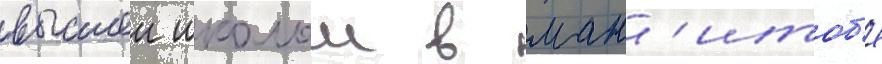
высшеи школои в ман'итоб'е